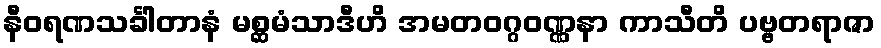
နီဝရဏသင်္ခါတာနံ မစ္ဆမံသာဒီဟိ အမတဝဂ္ဂဝဏ္ဏနာ ကာသီတိ ပဗ္ဗတရာဇာ